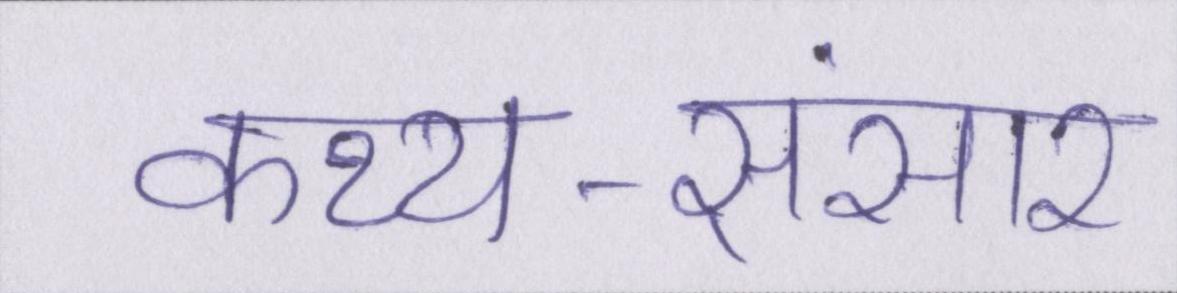
कथ्य-संसार